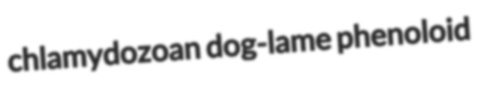
chlamydozoan dog-lame phenoloid